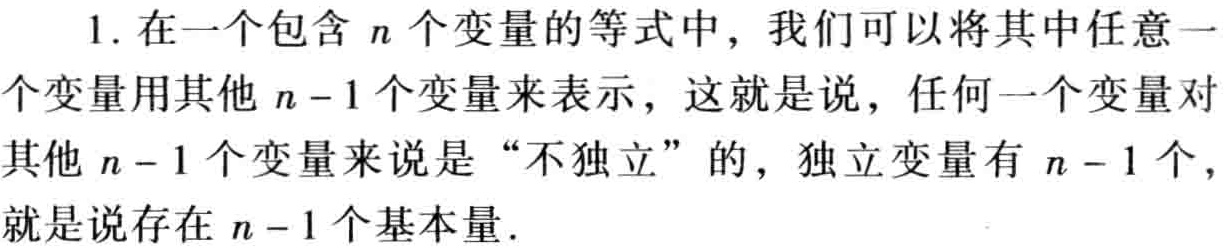
1. 在一个包含 \(n\) 个变量的等式中，我们可以将其中任意一个变量用其他 \(n - 1\) 个变量来表示，这就是说，任何一个变量对其他 \(n - 1\) 个变量来说是“不独立”的，独立变量有 \(n - 1\) 个，就是说存在 \(n - 1\) 个基本量.